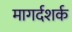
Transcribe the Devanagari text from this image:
मागर्दशर्क